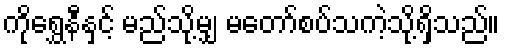
ကိုရွှေနီနှင့် မည်သို့မျှ မတော်စပ်သကဲ့သို့ရှိသည်။